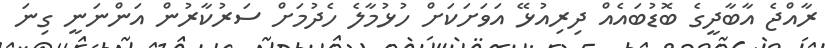
ރާއްޖެ އާބާދީގެ ބޮޑުބައެއް ދިރިއުޅޭ އަވަށަކަށް ހުޅުމާލެ ހެދުމަށް ސަރުކާރުން އަންނަނީ ގިނަ